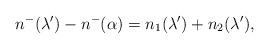
\begin{align*}{n^-}(\lambda')-n^-(\alpha)=n_1(\lambda')+n_2(\lambda'),\end{align*}